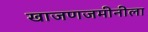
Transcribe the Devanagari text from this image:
खाजणजमीनीला